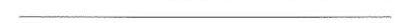
___